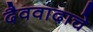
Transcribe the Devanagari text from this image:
दैववादाचे